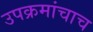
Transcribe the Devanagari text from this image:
उपक्रमांचाच